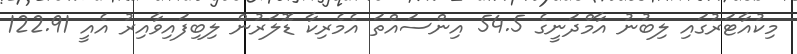
މިކުއާޓަރުގައި ލިބުނު އާމްދަނީގެ 54.5 އިންސައްތަ އެމެރިކާ ޑޮލަރުން ލިބިފައިވާއިރު އެއީ 122.91